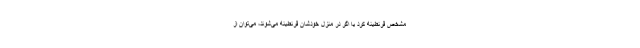
مشخص قرنطینه کرد یا اگر در منزل خودشان قرنطینه می‌شوند، می‌توان از